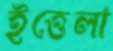
ইত্তেলা